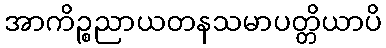
အာကိဉ္စညာယတနသမာပတ္တိယာပိ